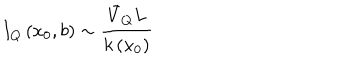
LaTeX: I _ { Q } \left( x _ { 0 } , b \right) \sim \frac { \bar { V } _ { Q } L } { k \left( x _ { 0 } \right) }